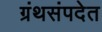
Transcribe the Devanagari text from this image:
ग्रंथसंपदेत